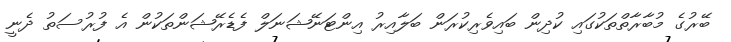
ބޭރުގެ މުބާރާތްތަކުގައި ކުދިން ބައިވެރިކުރަން ބަލާއިރު އިންޓަނޭޝަނަލް ފެޑެރޭޝަންތަކުން އެ ފުރުސަތު ދެނީ